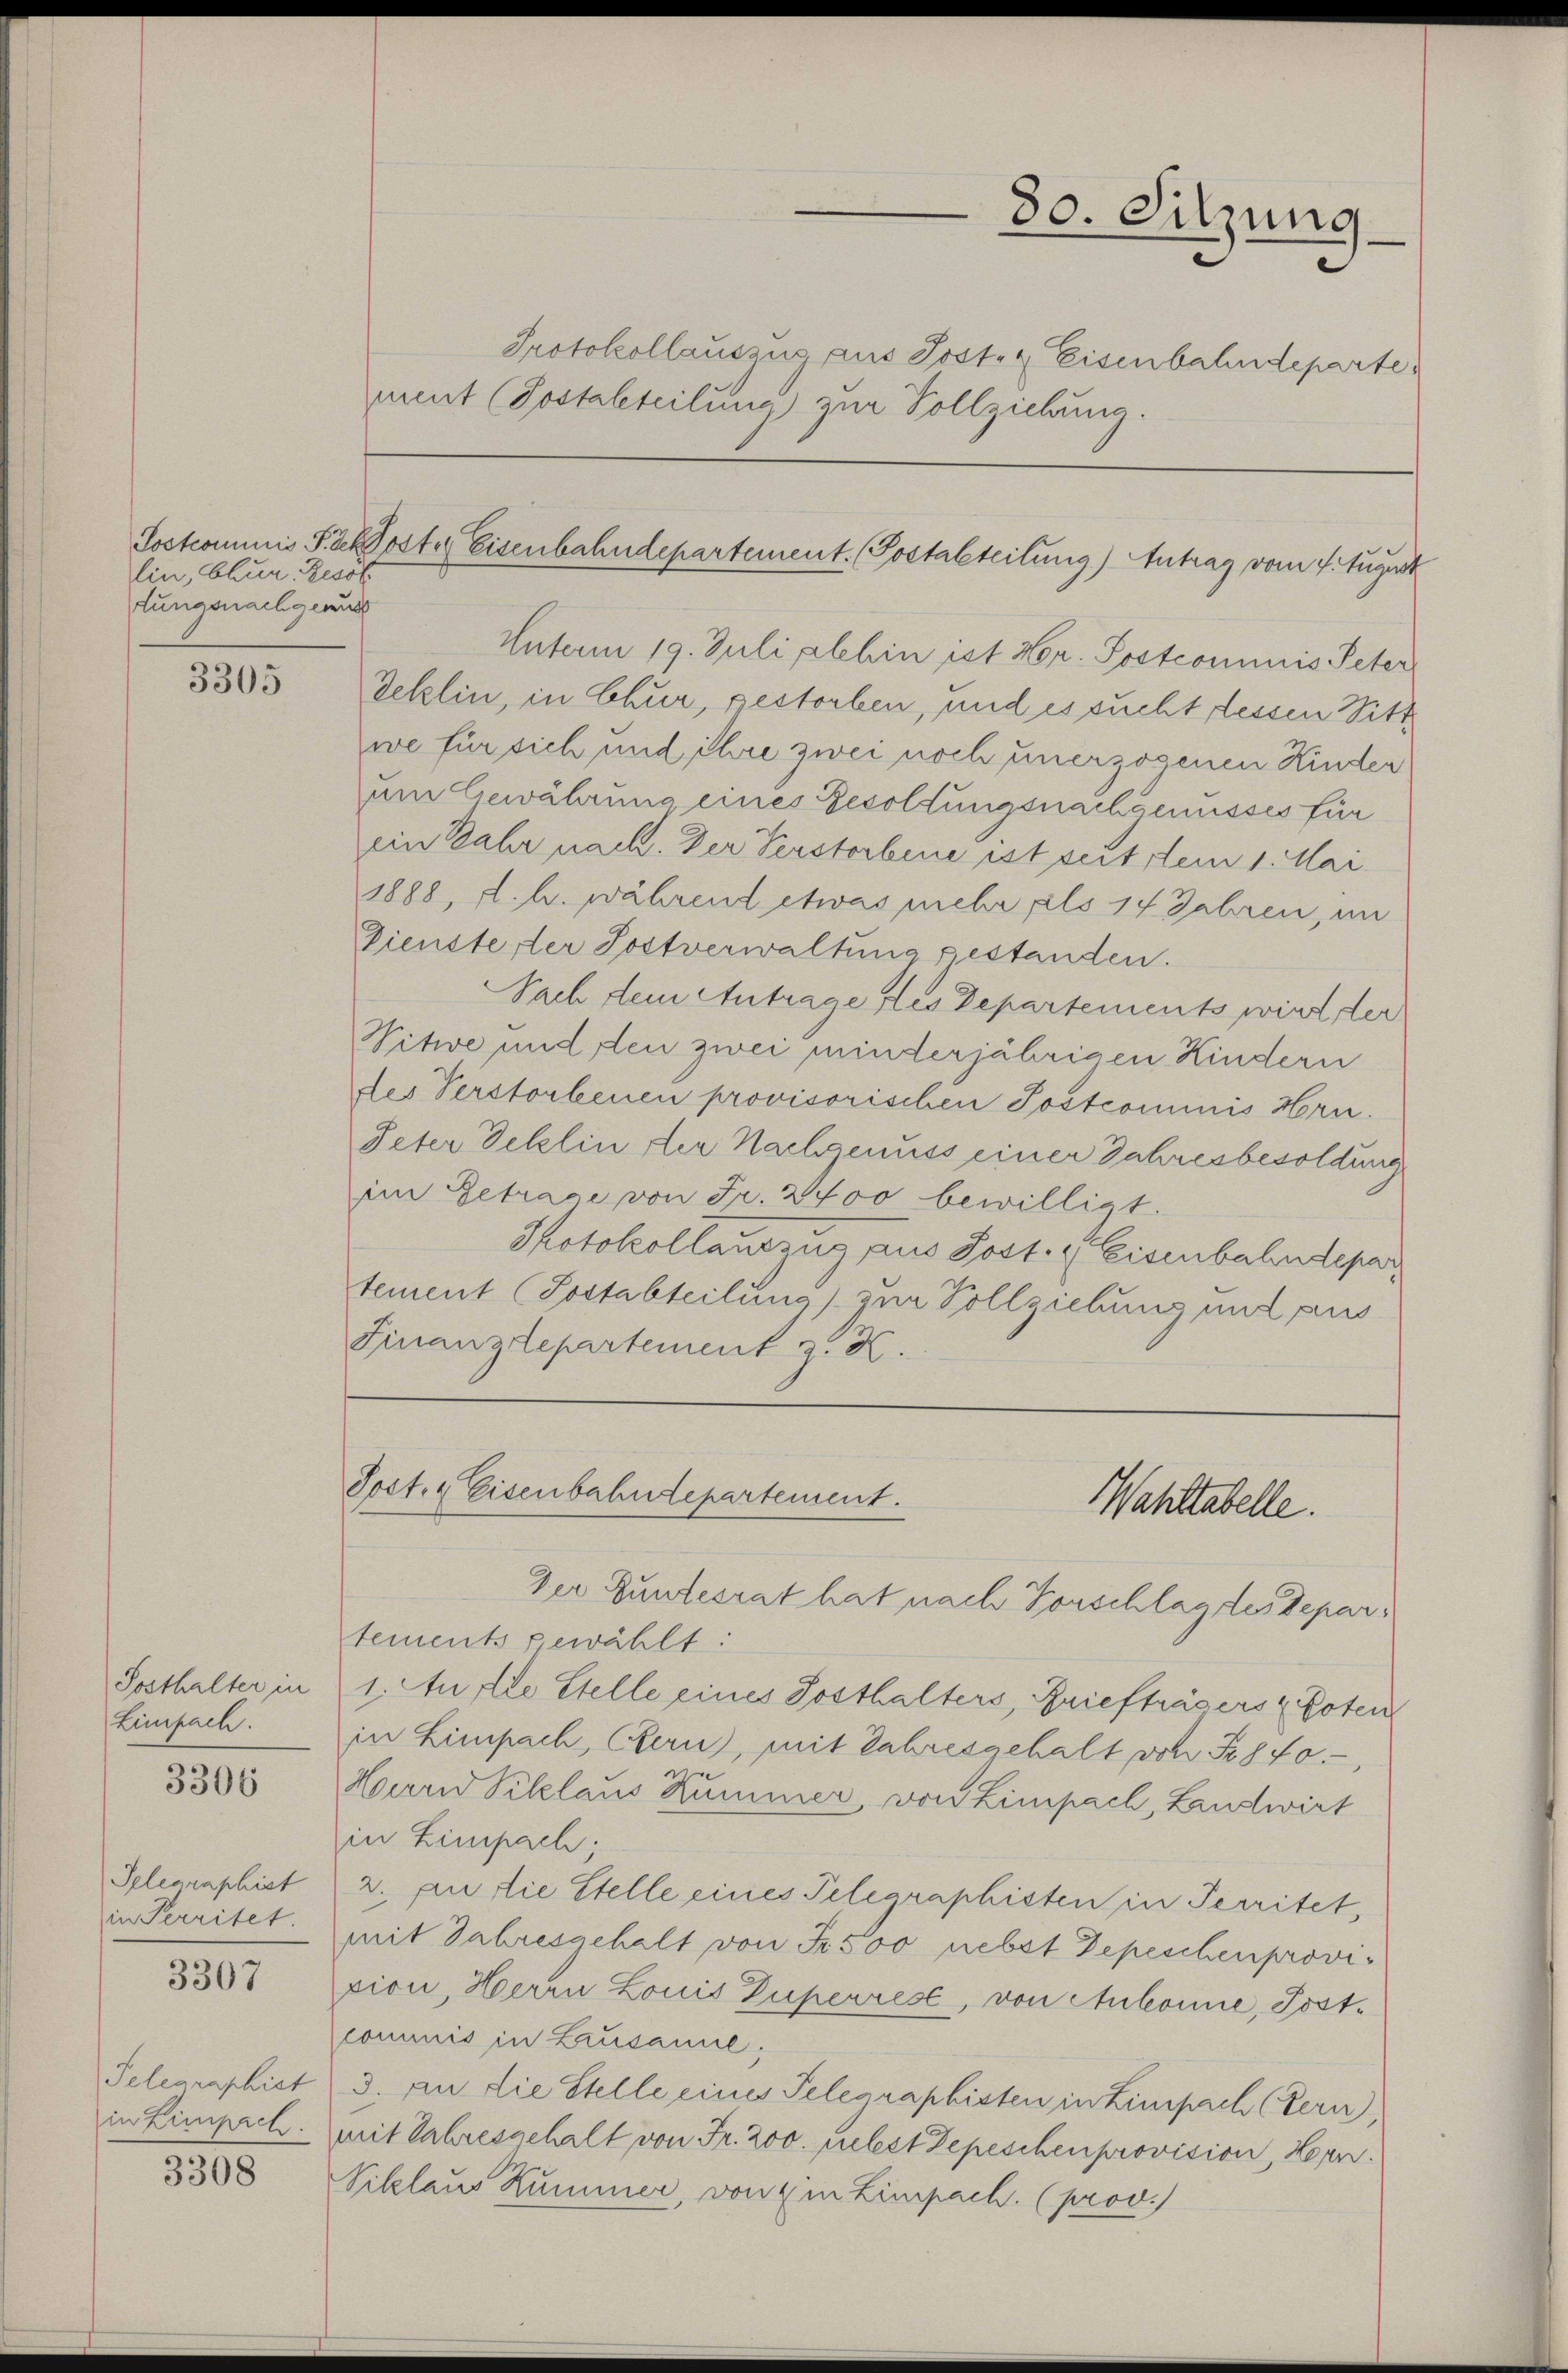
lin, Chur Zesöl
tungsnachgemus

3305

Sosthalter in
Limpach.

3306

Telegraphist
in Perritet.

3307

Telegraphiet
in Limpach.

3308

mnt (Postalteilung zur Vollziehung.

80. Sitzung
Protokollauszus aus Jost- & Eisenbahndeparte

Joskommnis Packloster Eisenbahndepartement. (Postalteilung) Antrag vom 4. August
Unterm 19. Juli plehin ist Hr. Postcommis Peter

Toct. 4 Eisenbahndepartement.
Wahltabelle.

Teklin, in Chur, gestorben, und es sucht dessen Sittwe für sich und ihre zwei noch unerzogenen Kinder
um Gewährung eines Besoldungsnachgenusses für
ein Jahr nach. Der Verstorbene ist seit dem 1. Mai.
1888, d. h. während etwas mehr als 14 Jahren, im
Diensterter Postverwaltung gestanden.
Nach dem Antrage des Departements wird der
Vitwe und den zwei minderjährigen Kindern
des Verstorbenen provisorischen Postcommis Hrn.
Peter Deklin der Nachgenuss einer Jahresbesoldung
im Getrage von Fr. 2400 bewilligt.
Protokollauszug aus Post. Eisenbahndepar
tement (Postabteilung) zur Vollziehung und aus
Finanzdepartement z. K.

Der Zundesrat hat nach Vorschlag der Departements gewählt:
1. Aufte Stelle eines Sosthalters, Briefträgers Poten
in Limpach, Stern), mit Jahresgehalt von Fr. fo
Hurd Pilzlaus Kummer, von Limpach, Landwirt
in Limpach;
2. An die Stelle eines Telegraphisten in Territet,
mit Jahresgehalt von Fr. 500 nebst Depeschenprovipion, Herrn Louis Duperrest, von Aubonne, Postcommis in Zusame,
3. an die Stelle eines Telegraphisten in Zimpach (Zern)
mit Jahresgehalt von Fr. 200. fielest Depeschen provision, Horn.
Viklaus Kummer, von 4 in Limpach. (prov.